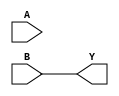
module combinational_logic (
    input wire A,   // Input variable A
    input wire B,   // Input variable B
    output wire Y   // Output variable Y
);

    // Combinational logic using 'Don't Care' conditions
    assign Y = B; // Simplified expression derived from the truth table

endmodule